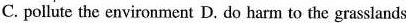
C.pollute the environment D.do harm to the grasslands